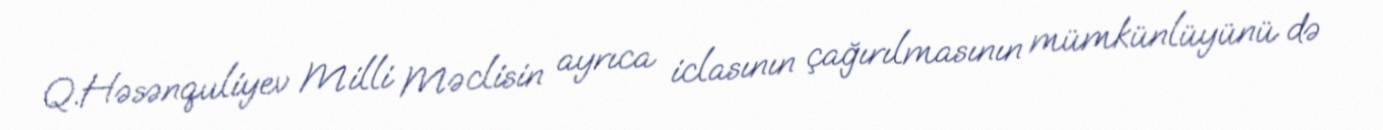
Q.Həsənquliyev Milli Məclisin ayrıca iclasının çağırılmasının mümkünlüyünü də